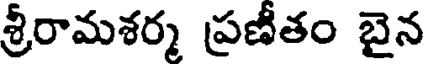
శ్రీరామశర్మ ప్రణీతం బైన